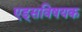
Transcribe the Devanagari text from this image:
एड्‌सविषयक